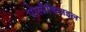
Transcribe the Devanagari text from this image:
पोलीविनाइल